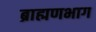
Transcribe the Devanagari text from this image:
ब्राह्मणभाग